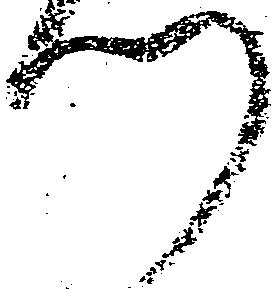
門